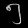
Digit: ၅